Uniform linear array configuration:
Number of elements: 64
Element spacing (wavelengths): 1
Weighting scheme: blackman
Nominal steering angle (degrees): -15
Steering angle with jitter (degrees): -14.095
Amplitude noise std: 0.05
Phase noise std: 0.05

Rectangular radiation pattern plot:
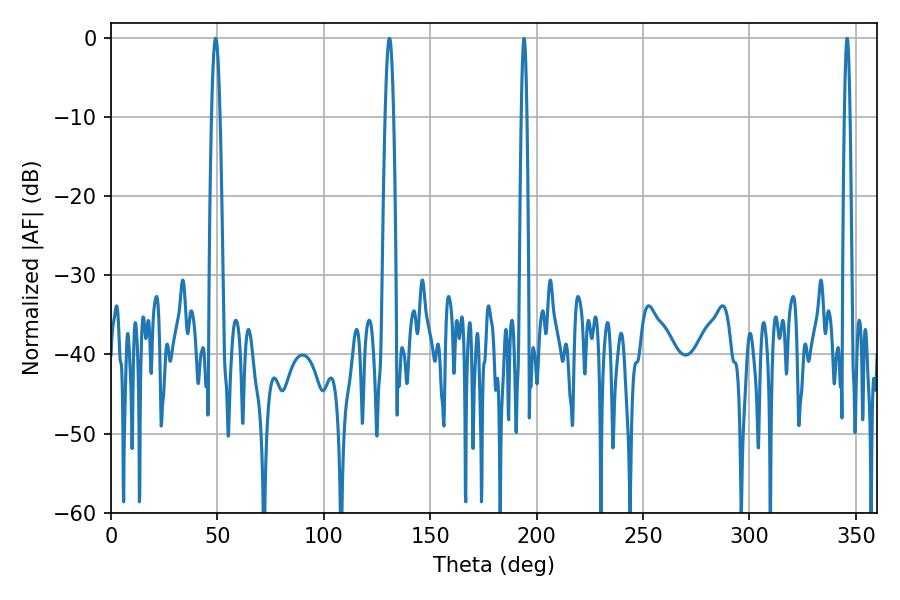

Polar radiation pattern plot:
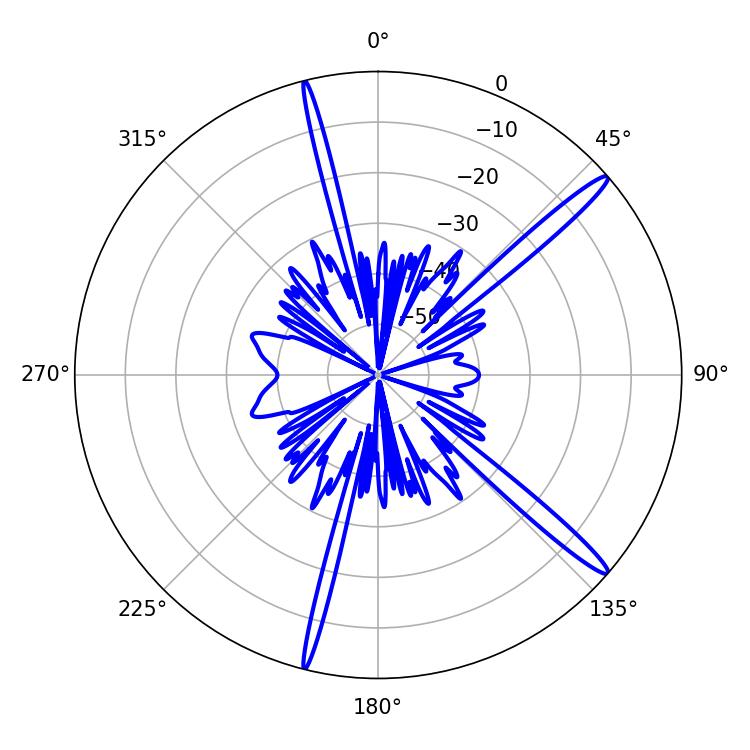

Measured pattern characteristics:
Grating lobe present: TRUE
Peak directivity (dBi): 16.052
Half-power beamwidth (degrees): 2.16
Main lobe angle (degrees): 49.14